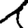
Digit: 1